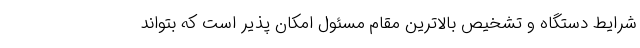
شرایط دستگاه و تشخیص بالاترین مقام مسئول امکان پذیر است که بتواند